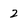
Character: 2